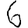
Digit: 6